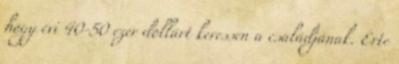
hogy évi 40-50 ezer dollárt keressen a családjának. Érte